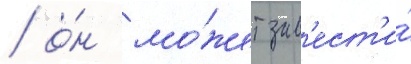
/ о́н мо́жет зав'ест'и́